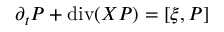
{ \partial _ { t } { \cal P } + \operatorname { d i v } ( \boldsymbol { \cal X } { \cal P } ) = [ \xi , { \cal P } ] }